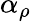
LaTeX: \alpha_{\rho}